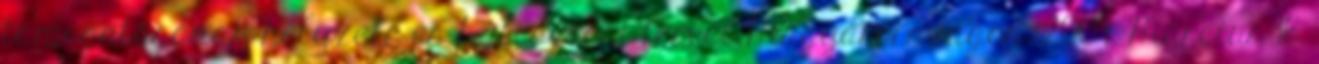
támogatásának helyzete és fejlesztési tervei Magyarországon. 2009. Március 16.